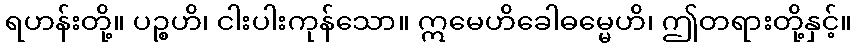
ရဟန်းတို့။ ပဉ္စဟိ၊ ငါးပါးကုန်သော။ ဣမေဟိခေါဓမ္မေဟိ၊ ဤတရားတို့နှင့်။